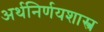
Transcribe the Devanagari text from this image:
अर्थनिर्णयशास्त्र